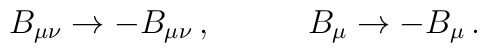
B_{\mu\nu}\rightarrow -B_{\mu\nu}\, ,\hspace{1.2cm}B_{\mu}\rightarrow -B_{\mu}\, .